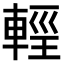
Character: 𨌷